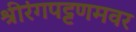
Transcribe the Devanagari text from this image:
श्रीरंगपट्टणमवर